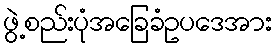
ဖွဲ့စည်းပုံအခြေခံဥပဒေအား